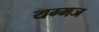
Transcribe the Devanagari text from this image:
यग्मज